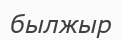
былжыр